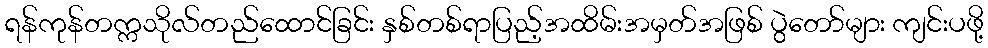
ရန်ကုန်တက္ကသိုလ်တည်ထောင်ခြင်း နှစ်တစ်ရာပြည့်အထိမ်းအမှတ်အဖြစ် ပွဲတော်များ ကျင်းပဖို့